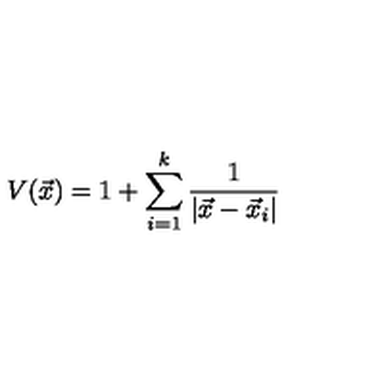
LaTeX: V ( \vec { x } ) = 1 + \sum _ { i = 1 } ^ { k } { \frac { 1 } { | \vec { x } - \vec { x } _ { i } | } }